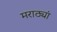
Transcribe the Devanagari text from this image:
मराठ्यां